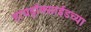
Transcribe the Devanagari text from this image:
हायड्राॅक्साईडच्या